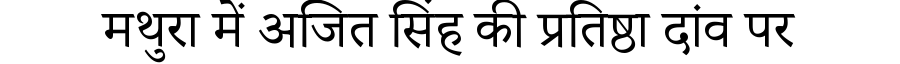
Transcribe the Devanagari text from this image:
मथुरा में अजित सिंह की प्रतिष्ठा दांव पर